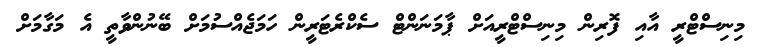
މިނިސްޓްރީ އާއި ފޮރިން މިނިސްޓްރީއަށް ޕާމަނަންޓް ސެކްރެޓަރީން ހަމަޖެއްސުމަށް ބޭނުންވާތީ އެ މަގާމަށް